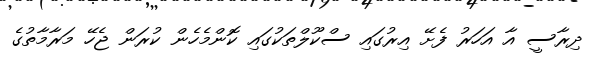
ދިރާސީ އާ އަހަރު ފެށޭ އިރުގައި ސްކޫލްތަކުގައި ކޮންމެހެން ކުރަން ޖެހޭ މަރާމާތުގެ